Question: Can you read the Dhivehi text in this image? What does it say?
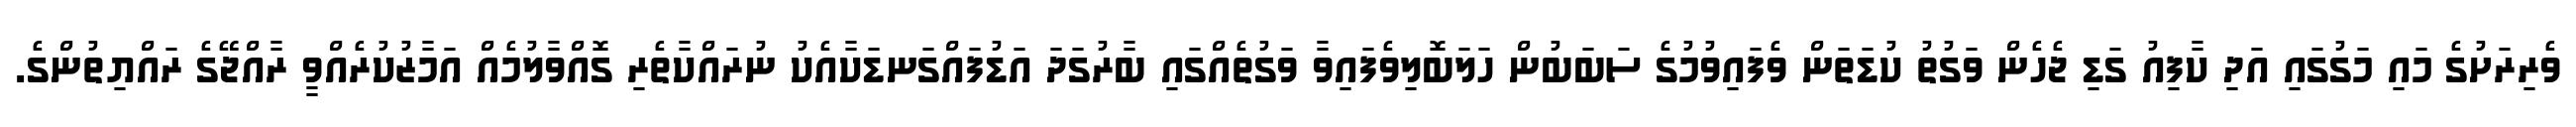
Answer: ވެރިރަށުގެ މައި މަގުގައި އަދި ކާފިއު ގަޑި ޖެހެން ވަގުތު ކުޑަތަން ވެފައިވުމުގެ ސަބަބުން ހަލަބޮލިވެފައިވާ ވަގުތެއްގައި ބާރުގަދަ އަޑުފައްގަނޑަކާއެކު ނުރައްކާތެރި ގޮއްވާލުމެއް އަމާޒުކުރެއްވީ ރާއްޖޭގެ ރައްޔިތުންގެ.